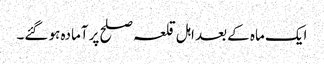
ایک ماہ کے بعد اہل قلعہ صلح پر آمادہ ہو گئے۔